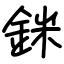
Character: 銤